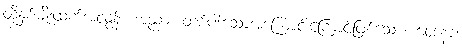
ထိုနှစ်မျိုးထက်အလွန်။ အညာ၊ တစ်ပါးသောအကြောင်းကြောင့်ဖြစ်သော။ ဝေဒနာ၊